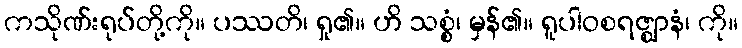
ကသိုဏ်းရုပ်တို့ကို။ ပဿတိ၊ ရှု၏။ ဟိ သစ္စံ၊ မှန်၏။ ရူပါဝစရဇ္ဈာနံ၊ ကို။